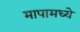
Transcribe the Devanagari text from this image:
मापामध्ये